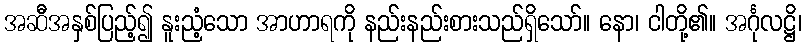
အဆီအနှစ်ပြည့်၍ နူးညံ့သော အာဟာရကို နည်းနည်းစားသည်ရှိသော်။ နော၊ ငါတို့၏။ အင်္ဂုလဋ္ဌိ၊